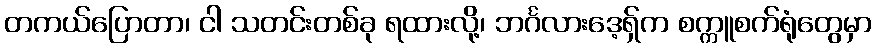
တကယ်ပြောတာ၊ ငါ သတင်းတစ်ခု ရထားလို့၊ ဘင်္ဂလားဒေ့ရှ်က စက္ကူစက်ရုံတွေမှာ